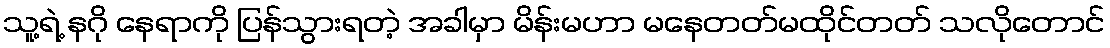
သူ့ရဲ့ နဂို နေရာကို ပြန်သွားရတဲ့ အခါမှာ မိန်းမဟာ မနေတတ်မထိုင်တတ် သလိုတောင်